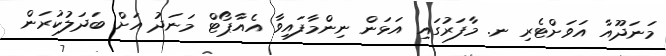
މަނަދޫއާ އަވަށްޓެރި ނ. މާފަރުގައި އަޅަން ނިންމާފައިވާ އެއާޕޯޓް މަނަދު އަށް ބަދަލުކުރަން